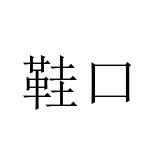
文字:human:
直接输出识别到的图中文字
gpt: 鞋口